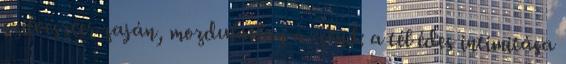
szilveszter zaján, mozdulatlan a csend: a tél édes intimitása